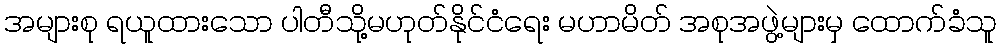
အများစု ရယူထားသော ပါတီသို့မဟုတ်နိုင်ငံရေး မဟာမိတ် အစုအဖွဲ့များမှ ထောက်ခံသူ